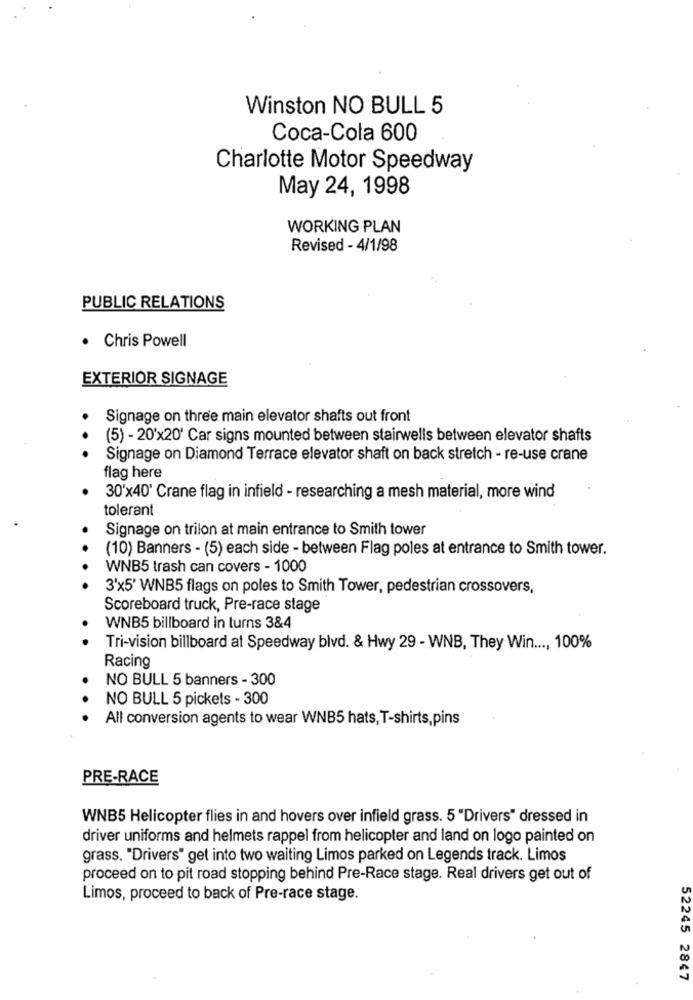
Winston NO BULL 5
Coca-Cola 600
Charlotte Motor Speedway
May 24, 1998
WORKING PLAN
Revised - 4/1/98
PUBLIC RELATIONS
· Chris Powell
EXTERIOR SIGNAGE
Signage on three main elevator shafts out front
(5) - 20'x20' Car signs mounted between stairwells between elevator shafts
Signage on Diamond Terrace elevator shaft on back stretch - re-use crane
flag here
30'x40' Crane flag in infield - researching a mesh material, more wind
tolerant
Signage on trilon at main entrance to Smith tower
(10) Banners - (5) each side - between Flag poles at entrance to Smith tower.
WNB5 trash can covers - 1000
3'x5' WNB5 flags on poles to Smith Tower, pedestrian crossovers,
Scoreboard truck, Pre-race stage
WNB5 billboard in turns 3&4
Tri-vision billboard at Speedway blvd. & Hwy 29 - WNB, They Win ..., 100%
Racing
NO BULL 5 banners - 300
NO BULL 5 pickets - 300
All conversion agents to wear WNB5 hats, T-shirts, pins
PRE-RACE
WNB5 Helicopter flies in and hovers over infield grass. 5 "Drivers" dressed in
driver uniforms and helmets rappel from helicopter and land on logo painted on
grass. "Drivers" get into two waiting Limos parked on Legends track. Limos
proceed on to pit road stopping behind Pre-Race stage. Real drivers get out of
Limos, proceed to back of Pre-race stage.
52245 2847